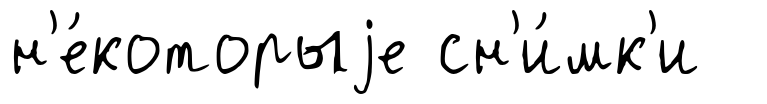
н'е́которыjе сн'и́мк'и